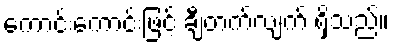
ကောင်းကောင်းဖြင့် ချီတက်လျက် ရှိသည်။